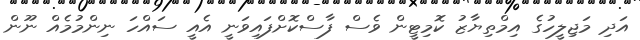
އަދި މަޖިލީހުގެ އިމްތިޔާޒު ކޮމިޓީން ވެސް ފާސްކޮށްފައިވަނީ އެއީ ސައްހަ ނިންމުމެއް ނޫން